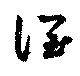
潤